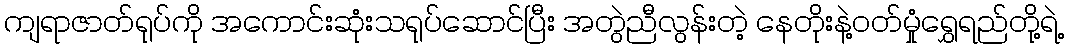
ကျရာဇာတ်ရုပ်ကို အကောင်းဆုံးသရုပ်ဆောင်ပြီး အတွဲညီလွန်းတဲ့ နေတိုးနဲ့ဝတ်မှုံရွှေရည်တို့ရဲ့